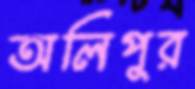
অলিপুর